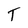
Character: T